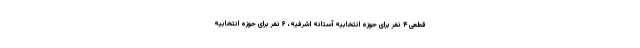
قطعی ۴ نفر برای حوزه انتخابیه آستانه اشرفیه، ۶ نفر برای حوزه انتخابیه